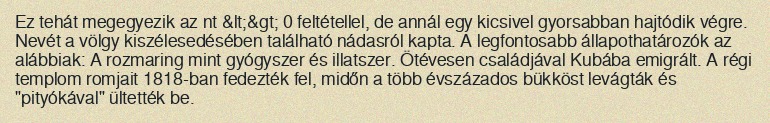
Ez tehát megegyezik az nt &lt;&gt; 0 feltétellel, de annál egy kicsivel gyorsabban hajtódik végre. Nevét a völgy kiszélesedésében található nádasról kapta. A legfontosabb állapothatározók az alábbiak: A rozmaring mint gyógyszer és illatszer. Ötévesen családjával Kubába emigrált. A régi templom romjait 1818-ban fedezték fel, midőn a több évszázados bükköst levágták és "pityókával" ültették be.